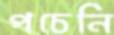
পচেনি